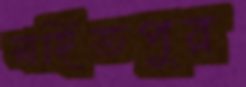
সাহিতপুর